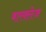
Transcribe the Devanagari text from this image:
बारक्लेज